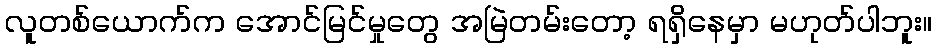
လူတစ်ယောက်က အောင်မြင်မှုတွေ အမြဲတမ်းတော့ ရရှိနေမှာ မဟုတ်ပါဘူး။